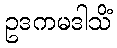
ဥဒကမဒါသိံ